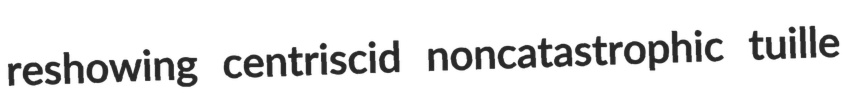
reshowing centriscid noncatastrophic tuille